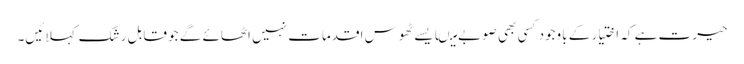
حیرت ہے کہ اختیار کے باوجود کسی بھی صوبے میںایسے ٹھوس اقدمات نہیں اٹھائے گے جو قابل رشک کہلائیں۔